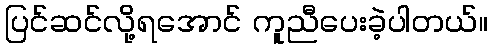
ပြင်ဆင်လို့ရအောင် ကူညီပေးခဲ့ပါတယ်။